Madras plague regulations in force outside the Presidency town - Volume 3
Disease focus: Plague
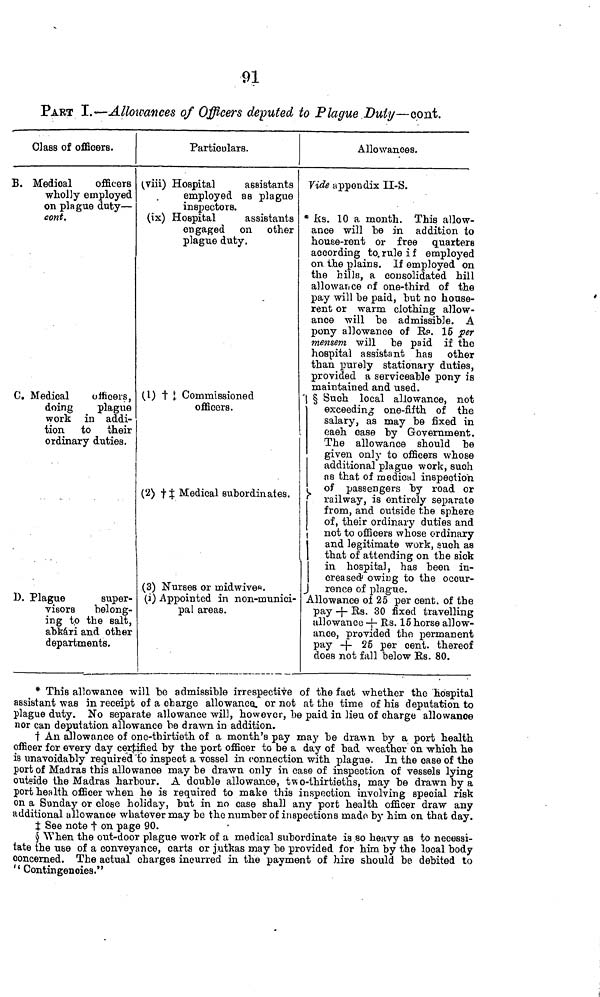
91
PART ï.<—AlloîV(mces of Officers deputed to Plague Duty—cont.
Class of officers.
B. Medical
officers
wholly employed
on plague duty —
cont.
Ct Medical
officers,
doing
plague
work in addi-
tion to their
ordinary duties.
1). Plague
super-
visors
belong-
ing to the salt,
abkári and other
departments.
Particulars.
viii) Hospital
assistants
employed as plague
inspectors.
(ix) Hospital
assistants
engaged on other
plague duty.
,
(\) t t Commissioned
officers.
(2) f J Medical subordinates.
(3) Nurses or midwive«.
(i) Appointed in non-munici-
pal areas.
Allowances.
Vide appendix II-S.
* its. 10 a month. This allow-
ance will be in addition to
house-rent or free quarters
according to. rule if employed
on the plains. If employed on
the hills, a consolidated hill
allowance of one-third of the
pay will be paid, but no house-
rent or warm clothing allow-
ance will be admissible. A
pony allowance of B,s>. 15 per
mensem will be paid if the
hospital assistant has other
than purely stationary duties,
provided a serviceable pony is
maintained and used.
'| § Such local allowance, not
exceeding one-fifth of the
salary, as may be fixed in
caeh case by Government.
The allowance should be
given only to officers whose
additional plague work, such
as that of medical inspection
of passengers by road or
railway, is entirely separate
from, and outside the sphere
of, their ordinary duties and
not to officers whose ordinary
and legitimate work, such as
that of attending on the sick
in hospital, has been in-
creased" owing to the ocour-
J rence of plague.
Allowance of 26 per cent, of the
pay -|- Es. 30 fixed travelling
allowance -f- Rs. 16 horse allow-
ance, provided the permanent
pay -f- 25 per cent, thereof
does not fall below Es. 80.
* This allowance will be admissible irrespective of the fact whether the hospital
assistant was in receipt of a charge allowance, or not at the time of his deputation to
plague duty. No separate allowance will, however, be paid in lieu of charge allowance
nor can deputation allowance be drawn in addition.
t An allowance of one-thirtieth of a month's pay may be dra\vn by a port health
officer for every day certified by the port officer to be a day of bad weather on which he
is unavoidably required "to inspect a vessel in connection with plague. In the case of the
port of Madras this allowance maybe drawn only in case of inspection of vessels lying
outside the Madras harbour. A double allowance, two-thirtieths, may be drawn by a
port health officer when he is required to make this inspection involving special risk
on a Sunday or close holiday, but in no case shall any port health officer draw any
additional allowance whatever may be the number of inspections rnado by him on that day.
J See note t on page 90.
§ When the out-door plague work of a medical subordinate is so heavy as to necessi-
tate the use of a conveyance, carts or j.utkas may be provided for him by the local body
concerned. The actual charges incurred in the payment of hire should be debited to
" Contingencies."